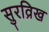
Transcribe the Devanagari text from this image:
सुरव्रिख